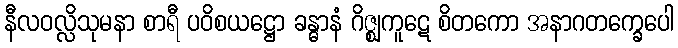
နီလဝလ္လိသုမနာ စာရီ ပဝိစယဋ္ဌော ခန္ဓာနံ ဂိဇ္ဈကူဋေ စိတကော အနာဂတက္ခေပေါ